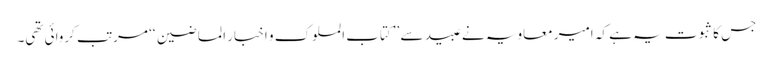
جس کا ثبوت یہ ہے کہ امیر معاویہ نے عبید سے ’’کتاب الملوک و اخبار الماضین ‘‘ مرتب کروائی تھی۔